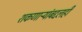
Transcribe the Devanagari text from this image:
शकणाऱ्यांबद्दलही